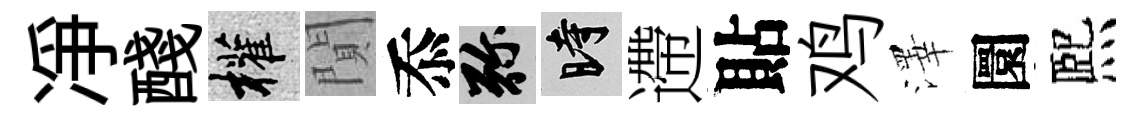
凈醆權閴忝弥时遰貼鸡澤圜熈